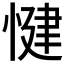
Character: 𱞻